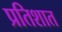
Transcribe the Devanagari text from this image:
प्रतिशात